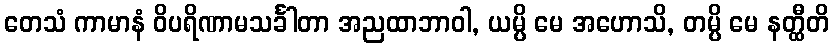
တေသံ ကာမာနံ ဝိပရိဏာမသင်္ခါတာ အညထာဘာဝါ, ယမ္ပိ မေ အဟောသိ, တမ္ပိ မေ နတ္ထီတိ